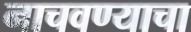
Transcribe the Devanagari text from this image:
नाचवण्याचा